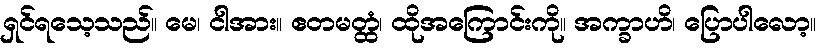
ရှင်ရသေ့သည်။ မေ၊ ငါအား။ ဧတမတ္ထံ၊ ထိုအကြောင်းကို။ အက္ခာဟိ၊ ပြောပါလော့။